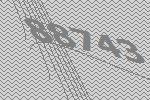
88743